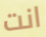
انت